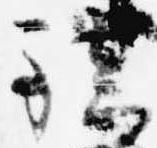
鎮